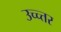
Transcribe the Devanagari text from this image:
उच्च्त्तर